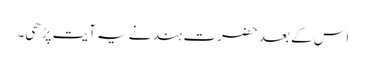
اس کے بعد حضرت ہند نے یہ آیت پڑھی۔